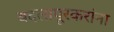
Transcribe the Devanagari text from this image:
बदलापूरकरांना